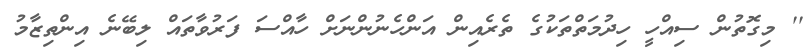
'' މިގޮތުން ސިއްހީ ހިދުމަތްތަކުގެ ތެރެއިން އަންހެނުންނަށް ހާއްސަ ފަރުވާތައް ލިބޭނެ އިންތިޒާމު